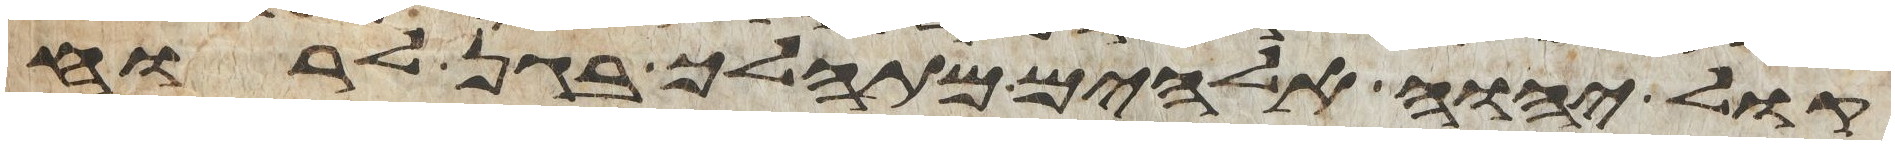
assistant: קול יהוה אלהים מתהלך בגן לרוח